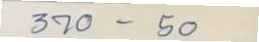
370 - 50